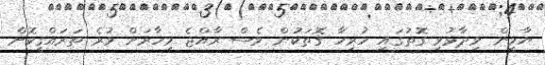
ޔާމީން ވިދާޅުވި ގޮތުގައި ހުރިހާ ގޮތަކުން ވެސް ރާއްޖެ މިހާރަށް ވުރެ ތަރައްގީކޮށް